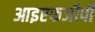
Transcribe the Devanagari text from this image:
आइएफजीपी